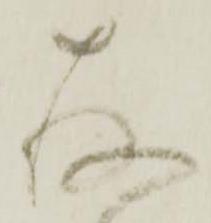
存